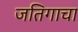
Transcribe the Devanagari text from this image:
जतिगाचा